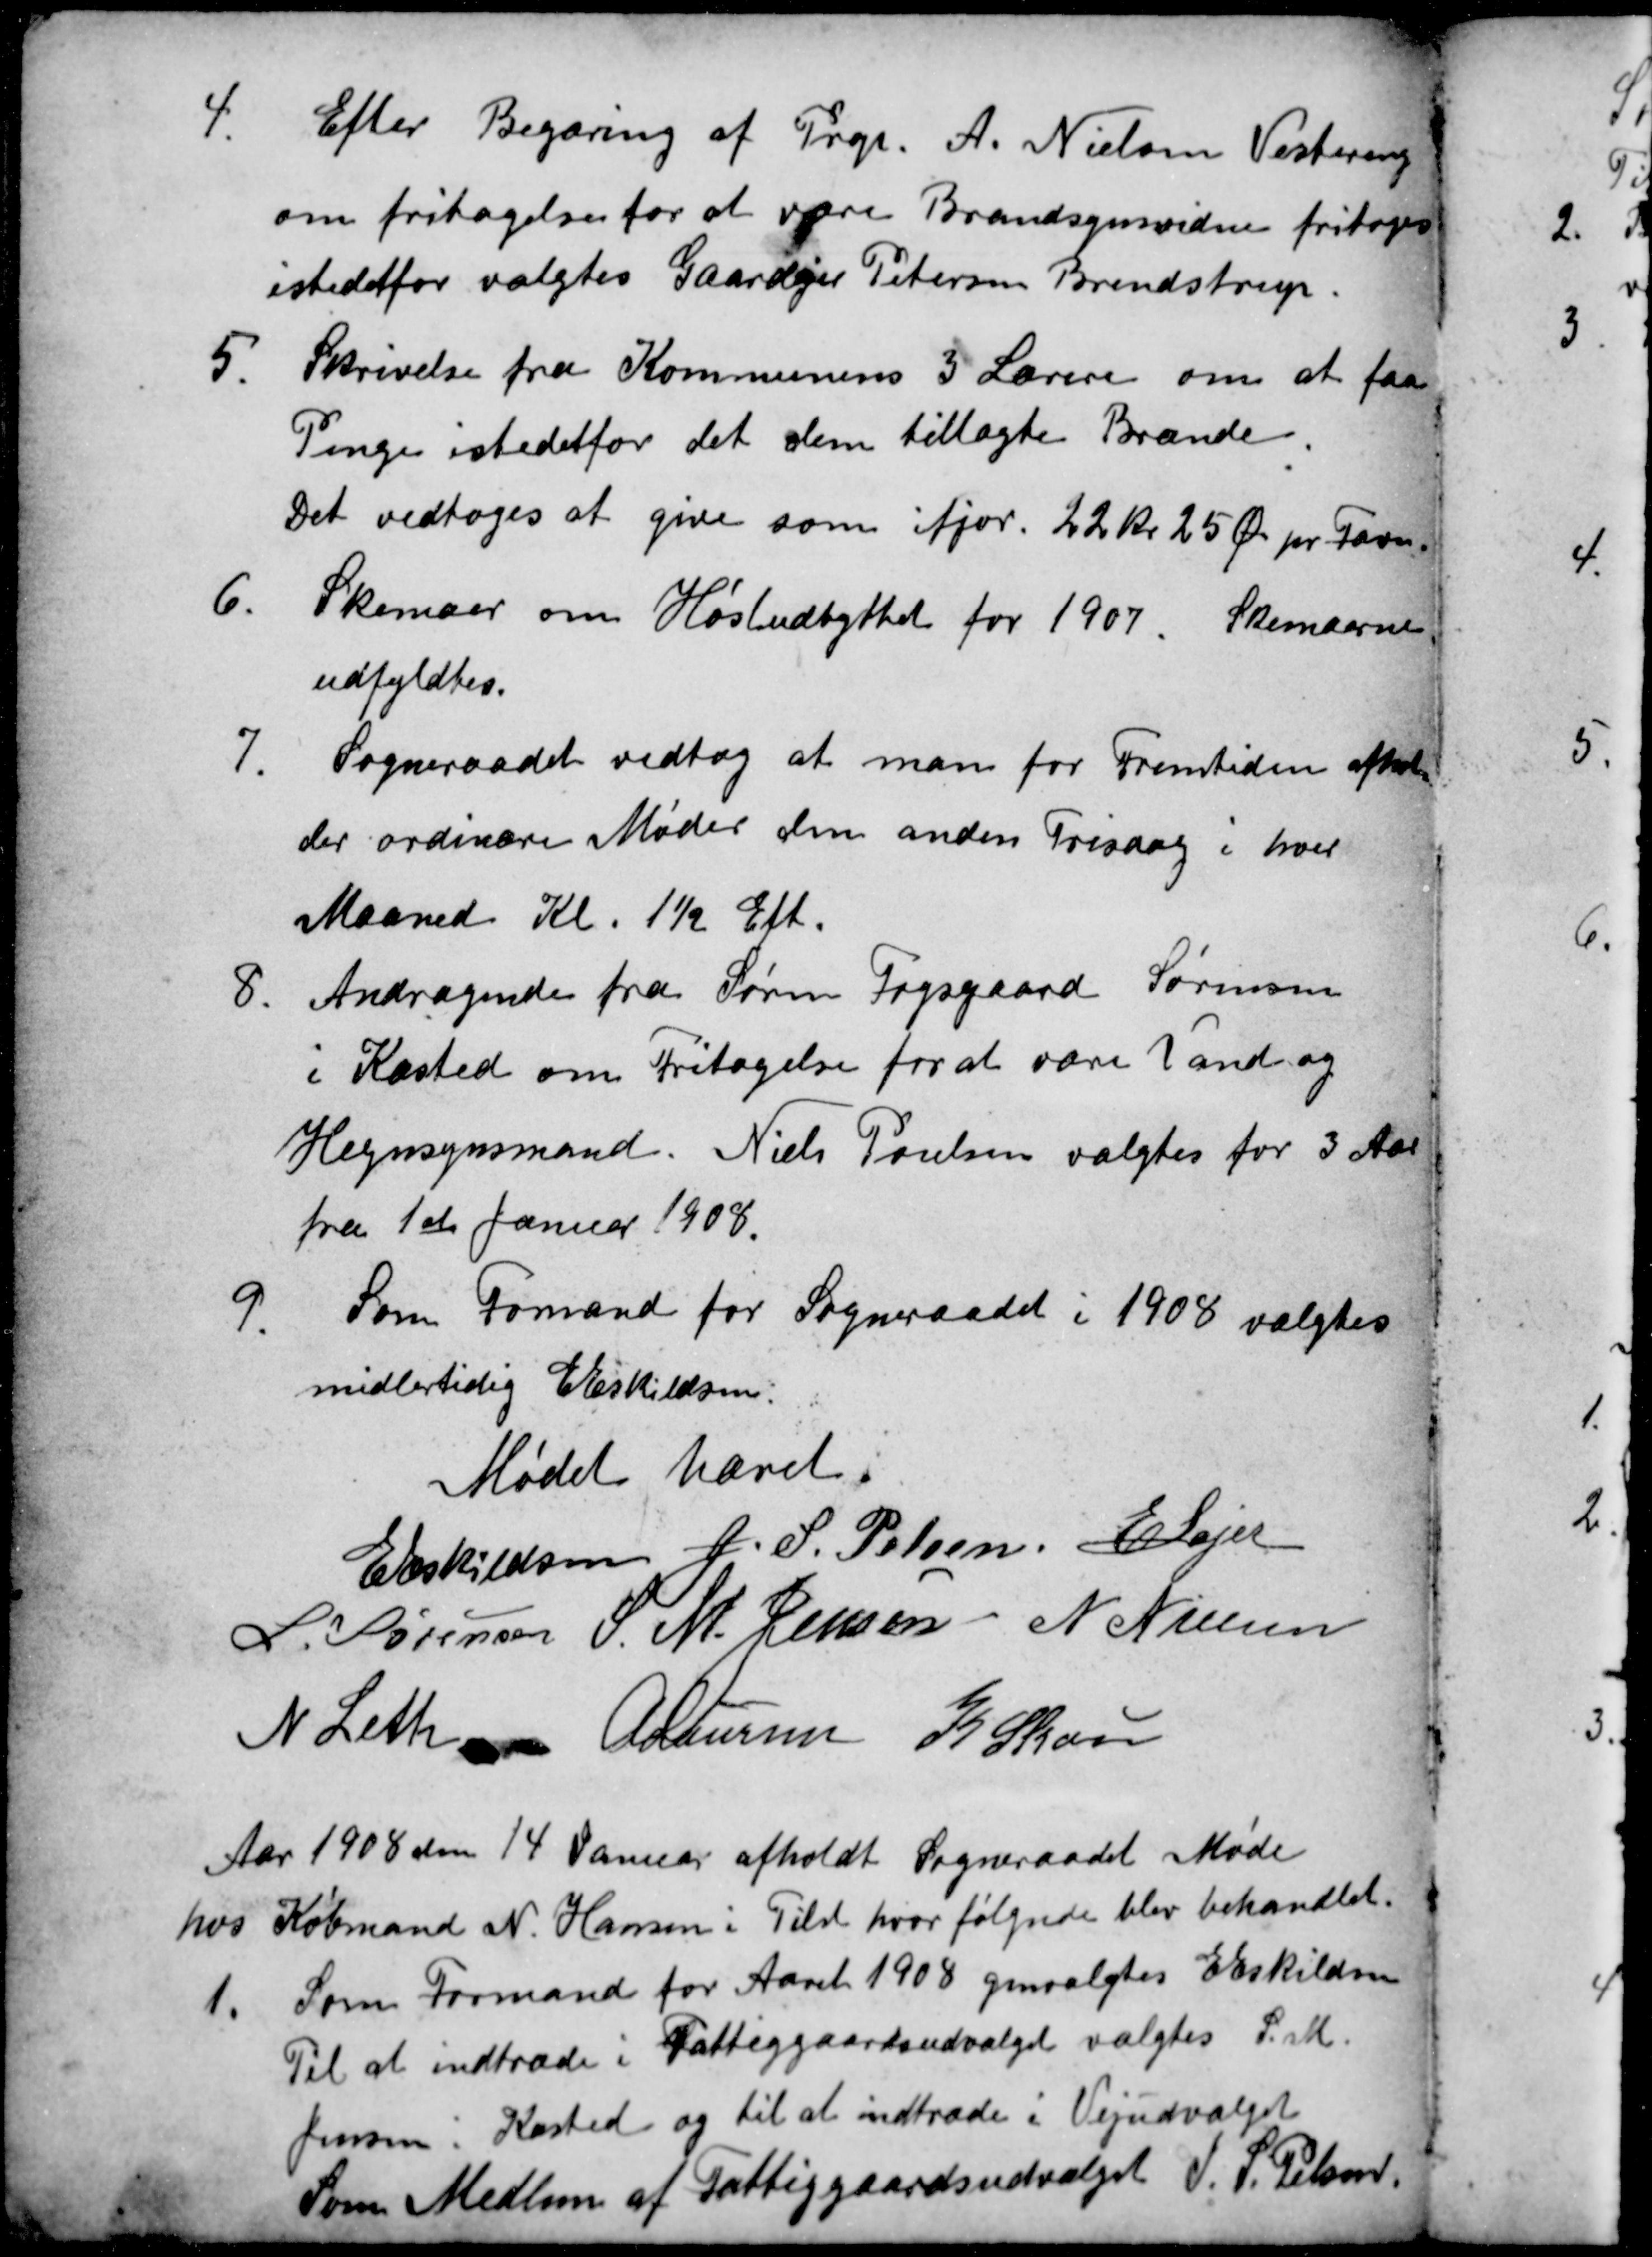
Transskription:
4.
Efter Begæring af Propt. A. Nielsen Vestereng
om fritagelse for at være Brandsynsvidne fritoges
istedetfor valgtes Gaardejer Petersen Brendstrup.
5.
Skrivelse fra Kommunens 3 Lærere om at faa
Penge istedetfor det dem tillagte Brænde.
Det vedtoges at give som ifjor. 22 kr 25 Ø pr. Favn.
6.
Skemaer om Høstudbyttet for 1907. Skemaerne
udfyldtes.
7.
Sogneraadet vedtog at man for Fremtiden afhol-
der ordinære Møder den anden Trisdag i hver
Maaned Kl. 1½ Eft.
8
Andragende fra Søren Fogsgaard Sørensen
i Kasted om Fritagelse for at være Vand og
Hegnsynsmand. Niels Poulsen valgtes for 3 Aar
fra 1st Januar 1908.
9.
Som Formand for Sogneraadet i 1908 valgtes
midlertidig E Eskildsen:
Mødet hævet.
E Eskildsen
J. S. Pelsen
E Lajer
L. Sørensen
S. M. Jensen
N Nielsen
N Leth
A Laursen
K. Skou
Aar 1908 den 14 Januar afholdt Sogneraadet Møde
hos Købmand N. Hansen i Tilst hvor følgende blev behandlet.
1.
Som Formand for Aaret 1908 genvalgtes E Eskildsen
Til at indtræde i Fattiggaardsudvalget valgtes S. M.
Jensen : Kasted og til at indtræde i Vejudvalget
Som Medlem af Fattiggaardsudvalget J. S. Pelsen.